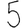
Digit: 5